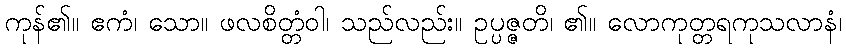
ကုန်၏။ ဧကံ၊ သော။ ဖလစိတ္တံဝါ၊ သည်လည်း။ ဥပ္ပဇ္ဇတိ၊ ၏။ လောကုတ္တရကုသလာနံ၊